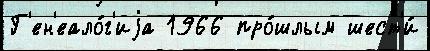
Г'ен'еало́г'иjа 1966 про́шлым шест'и́